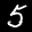
Label: 5